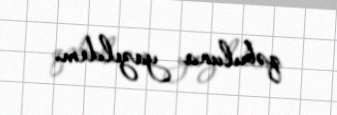
qəbuluna yazıldım.